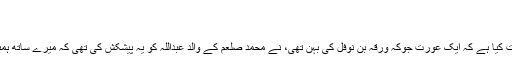
(الرحیق المختوم، حوالہ ایضاً)
محمد صلعم کے والد کا کردار
قدیم ترین سیرت نگار ابن اسحاق نے یہ واقعہ روایت کیا ہے کہ ایک عورت جوکہ ورقہ بن نوفل کی بہن تھی، نے محمد صلعم کے والد عبداللہ کو یہ پیشکش کی تھی کہ میرے ساتھ ہمبستر ہو جاؤ تو میں تمھیں اتنے اتنے اونٹ دوں گی۔